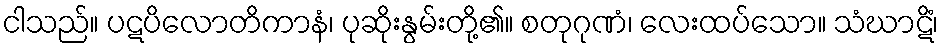
ငါသည်။ ပဋပိလောတိကာနံ၊ ပုဆိုးနွမ်းတို့၏။ စတုဂုဏံ၊ လေးထပ်သော။ သံဃာဋိံ၊